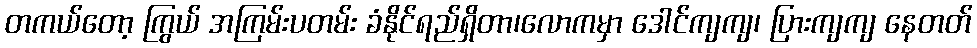
တကယ်တော့ ကြွယ် အကြမ်းပတမ်း ခံနိုင်ရည်ရှိတာ၊လောကမှာ ဒေါင်ကျကျ၊ ပြားကျကျ နေတတ်